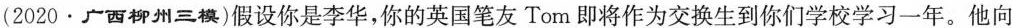
(2020·广西柳州三模)假设你是李华，你的英国笔友Tom即将作为交换生到你们学校学习一年。他向